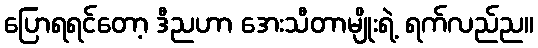
ပြောရရင်တော့ ဒီညဟာ အေးသီတာမျိုးရဲ့ ရက်လည်ည။